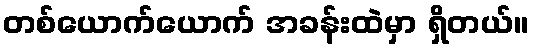
တစ်ယောက်ယောက် အခန်းထဲမှာ ရှိတယ်။